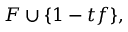
F \cup \{ 1 - t f \} ,